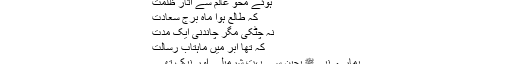
ہوئے محو عالم سے آثارِ ظلمت
کہ طالع ہوا ماہِ برجِ سعادت
نہ چٹکی مگر چاندنی ایک مدت
کہ تھا ابر میں ماہتابِ رسالت
ہمارے نبی ﷺ بچپن سے بہت شرمیلے اور نیک تھے۔